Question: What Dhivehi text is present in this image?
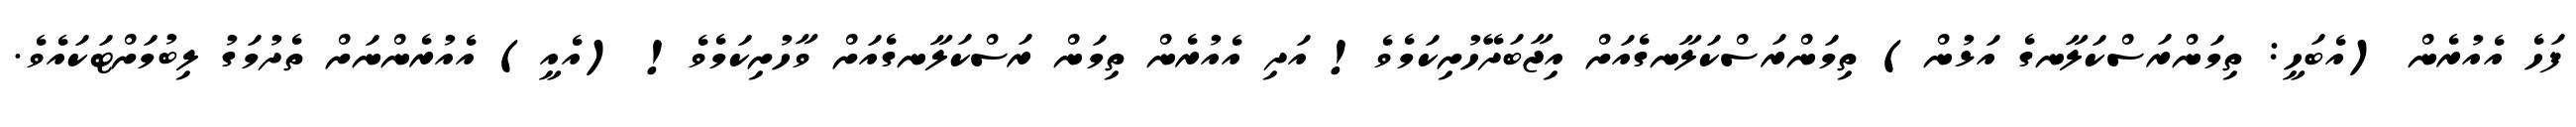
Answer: ފަހެ އެއުރެން (އެބަހީ: ތިމަންރަސްކަލާނގެ އަޅުން) ތިމަންރަސްކަލާނގެއަށް އިޖާބަދޭހުށިކަމެވެ! އަދި އެއުރެން ތިމަން ރަސްކަލާނގެއަށް ވާހުށިކަމެވެ! (އެއީ) އެއުރެންނަށް ތެދުމަގު ލިބުމަށްޓަކައެވެ.